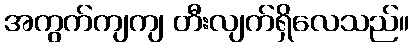
အကွက်ကျကျ တီးလျက်ရှိလေသည်။